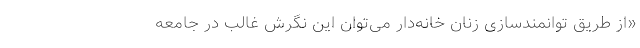
«از طریق توانمندسازی زنان خانه‌دار می‌توان این نگرش غالب در جامعه